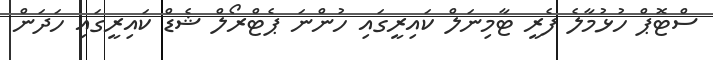
ސްޓޮޕް ހުޅުމާލެ ފެރީ ޓާމިނަލް ކައިރީގައި ހުންނަ ޕެޓްރޯލް ޝެޑް ކައިރީގައި ހަދަން